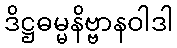
ဒိဋ္ဌဓမ္မနိဗ္ဗာနဝါဒါ